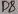
Text: D8